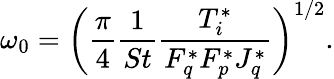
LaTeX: \omega_{0}=\left(\frac{\pi}{4}\frac{1}{St}\frac{T_{i}^{*}}{F_{q}^{*}F_{p}^{*}J_{q}^{*}}\right)^{1/2}.